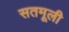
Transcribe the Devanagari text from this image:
सतमूली